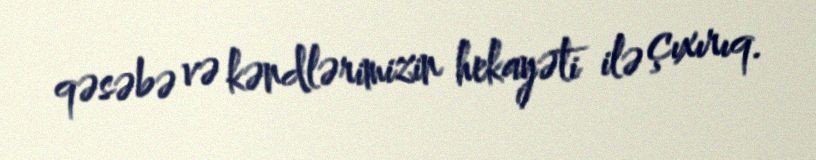
qəsəbə və kəndlərimizin hekayəti ilə çıxırıq.